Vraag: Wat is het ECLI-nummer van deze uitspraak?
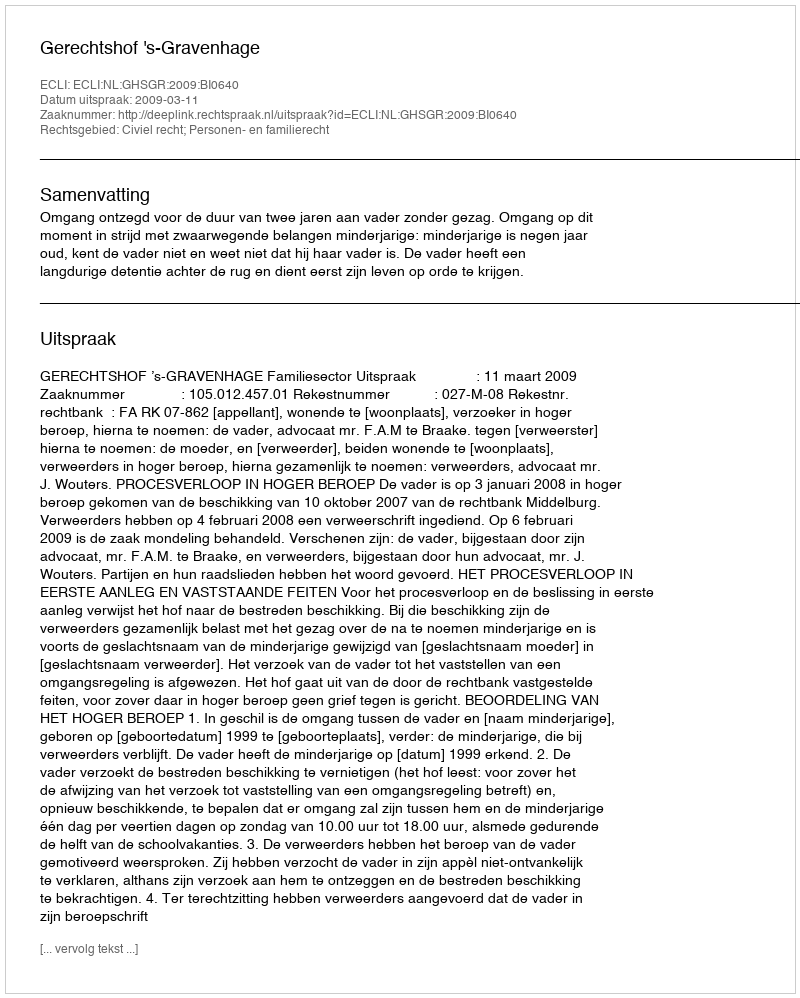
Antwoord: ECLI:NL:GHSGR:2009:BI0640